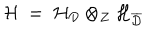
LaTeX: { \mathcal H } \ = \ { \mathcal H } _ { { \mathcal D } } \otimes _ { { \mathcal Z } } { \mathcal H } _ { \overline { { { { \mathcal D } } } } }